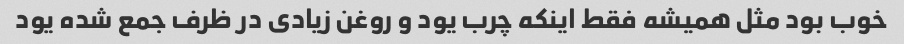
خوب بود مثل همیشه فقط اینکه چرب یود و روغن زیادی در ظرف جمع شده یود